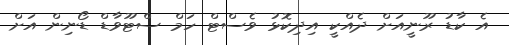
އެ ކާޑު ރޫނީއަށް ދެއްކީ އިދިކޮޅު ވެސްޓް ހަމް ސްޓޫވާޑް ޑޯނިން އަށް